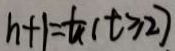
h + 1 = \frac { 1 } { a } ( t \geq 2 )